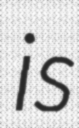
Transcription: is